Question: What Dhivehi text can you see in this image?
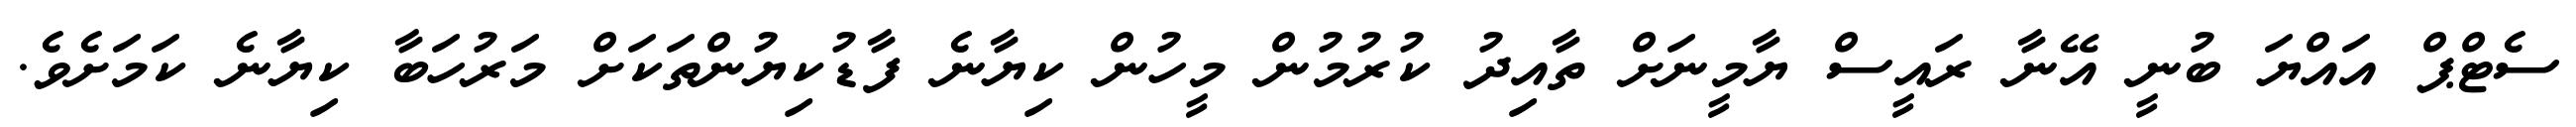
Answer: ސެޓްޕް އައްޔަ ބުނީ އޭނާ ރައީސް ޔާމީނަށް ތާއިދު ކުރުމުން މީހުން ކިޔާނެ ފާޑުކިޔުންތަކަށް މަރުހަބާ ކިޔާނެ ކަމަށެވެ.